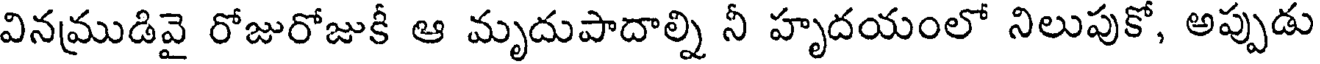
వినముడివై రోజురోజుకీ ఆ మృదుపాదాల్ని నీ హృదయంలో నిలుపుకో, అప్పుడు